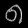
Digit: ၈